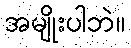
အမျိုးပါဘဲ။